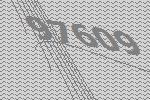
97609